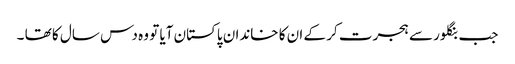
جب بنگلور سے ہجرت کر کے ان کا خاندان پاکستان آیا تو وہ دس سال کا تھا ۔